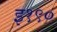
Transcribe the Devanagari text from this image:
इ१९०